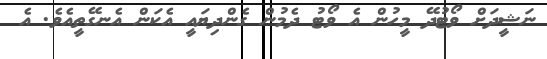
ނަޝީދަށް ވޯޓުދޭ މީހުން އެ ވޯޓު ދެމުން ގެންދިޔައީ އެކަން އެނގޭތީއެވެ. އެ